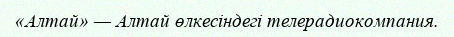
«Алтай» — Алтай өлкесіндегі телерадиокомпания.